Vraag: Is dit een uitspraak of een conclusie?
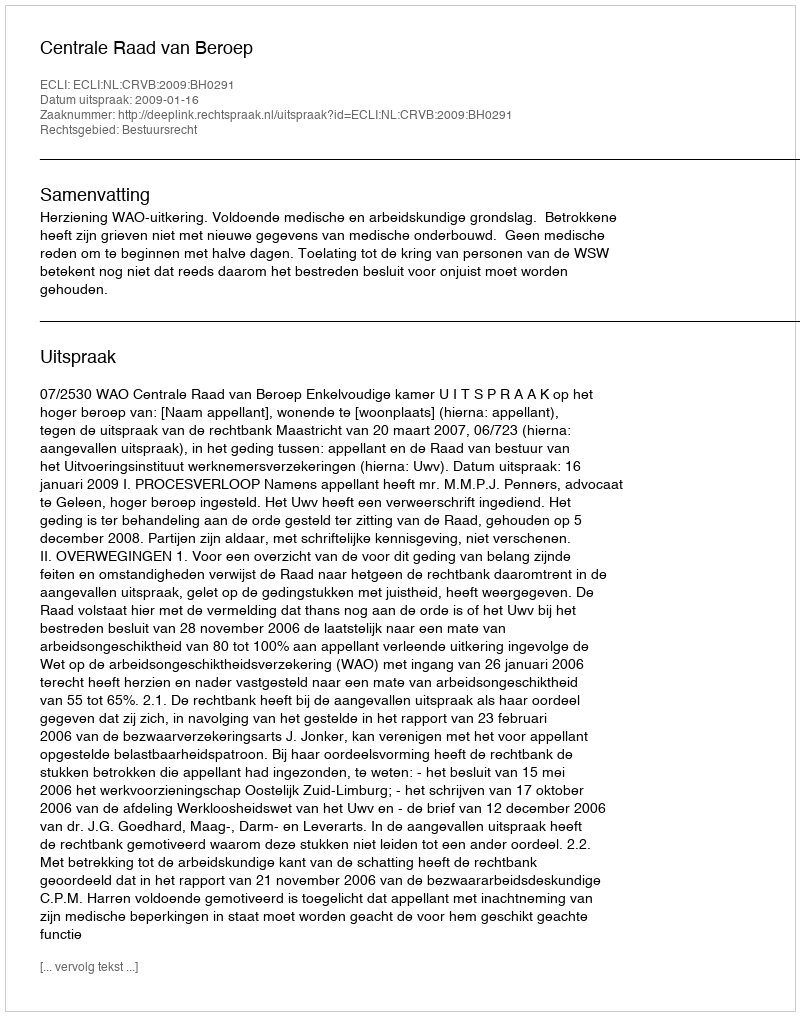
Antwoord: Uitspraak